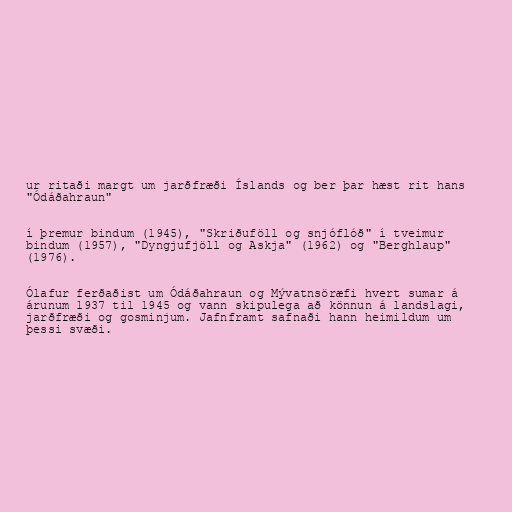
ur ritaði margt um jarðfræði Íslands og ber þar hæst rit hans
"Ódáðahraun"

í þremur bindum (1945), "Skriðuföll og snjóflóð" í tveimur
bindum (1957), "Dyngjufjöll og Askja" (1962) og "Berghlaup"
(1976).

Ólafur ferðaðist um Ódáðahraun og Mývatnsöræfi hvert sumar á
árunum 1937 til 1945 og vann skipulega að könnun á landslagi,
jarðfræði og gosminjum. Jafnframt safnaði hann heimildum um
þessi svæði.